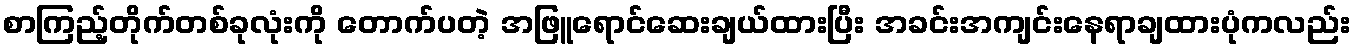
စာကြည့်တိုက်တစ်ခုလုံးကို တောက်ပတဲ့ အဖြူရောင်ဆေးချယ်ထားပြီး အခင်းအကျင်းနေရာချထားပုံကလည်း